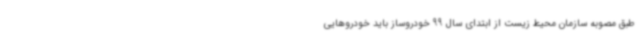
طبق مصوبه سازمان محیط زیست از ابتدای سال 99 خودروساز باید خودروهایی